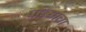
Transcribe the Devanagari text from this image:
पाध्यांचा